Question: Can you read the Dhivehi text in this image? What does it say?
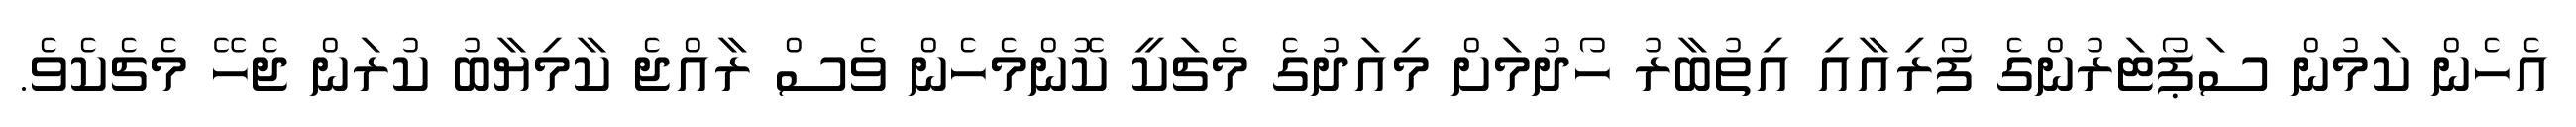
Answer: އެހެން ކަމުން ސަޕޯޓަރުންގެ ފޯރިއާއި އިތުބާރު ހޯދުމަށް މިއަދުގެ މެޗަކީ ކޮންމެހެން ވެސް ރާއްޖެ ކާމިޔާބު ކުރަން ޖެހޭ މެޗެކެވެ.